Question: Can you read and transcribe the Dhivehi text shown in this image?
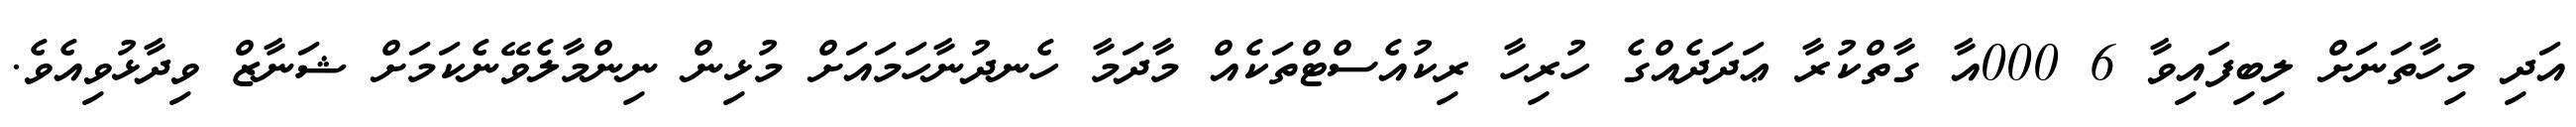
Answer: އަދި މިހާތަނަށް ލިބިފައިވާ 6 000އާ ގާތްކުރާ ޢަދަދެއްގެ ހުރިހާ ރިކުއެސްޓްތަކެއް މާދަމާ ހެނދުނާހަމައަށް މުޅިން ނިންމާލެވޭނެކަމަށް ޝަނާޒް ވިދާޅުވިއެވެ.